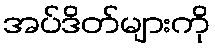
အပ်ဒိတ်များကို